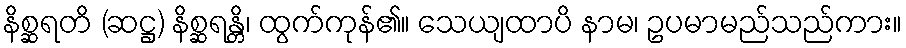
နိစ္ဆရတိ (ဆဋ္ဌ) နိစ္ဆရန္တိ၊ ထွက်ကုန်၏။ သေယျထာပိ နာမ၊ ဥပမာမည်သည်ကား။